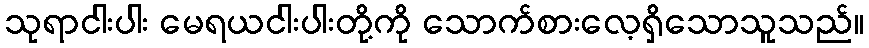
သုရာငါးပါး မေရယငါးပါးတို့ကို သောက်စားလေ့ရှိသောသူသည်။